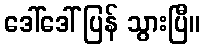
ဒေါ်ဒေါ် ပြန် သွားပြီ။